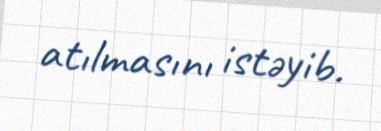
atılmasını istəyib.